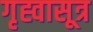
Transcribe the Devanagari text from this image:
गृह्वासूत्र